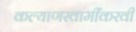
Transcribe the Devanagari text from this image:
कल्याणस्वामींकरवी